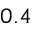
0 . 4